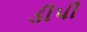
ડીપી